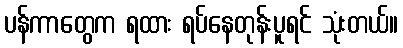
ပန်ကာတွေက ရထား ရပ်နေတုန်းပူရင် သုံးတယ်။